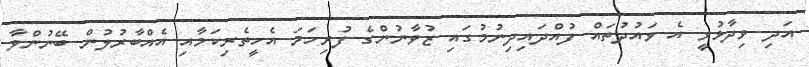
އަދި ވިދާޅުވީ އެ ވައުދުތައް ފުއްދައިދިނުމުގައި ޒުވާނުންގެ ފުރިހަމަ އެހީތެރިކަމާއި އެއްބާރުލުން ބޭނުންވާ